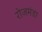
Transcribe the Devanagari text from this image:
रोजमंडा